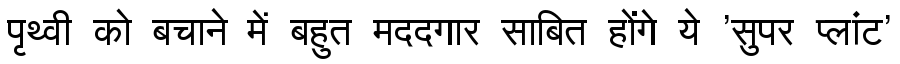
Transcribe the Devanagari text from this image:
पृथ्वी को बचाने में बहुत मददगार साबित होंगे ये 'सुपर प्लांट'